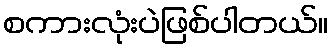
စကားလုံးပဲဖြစ်ပါတယ်။